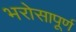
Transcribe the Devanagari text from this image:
भरोसापूर्ण